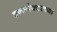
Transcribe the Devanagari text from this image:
इन्स्पेक्टरच्या